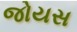
જોયસ